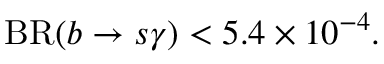
\mathrm { B R } ( b \to s \gamma ) < 5 . 4 \times 1 0 ^ { - 4 } .